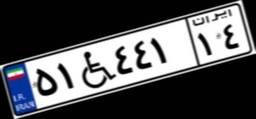
۵۱W۴۴۱۱۴